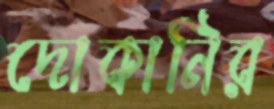
দোকানির